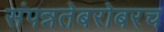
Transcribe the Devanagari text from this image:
संपन्नतेबरोबरच